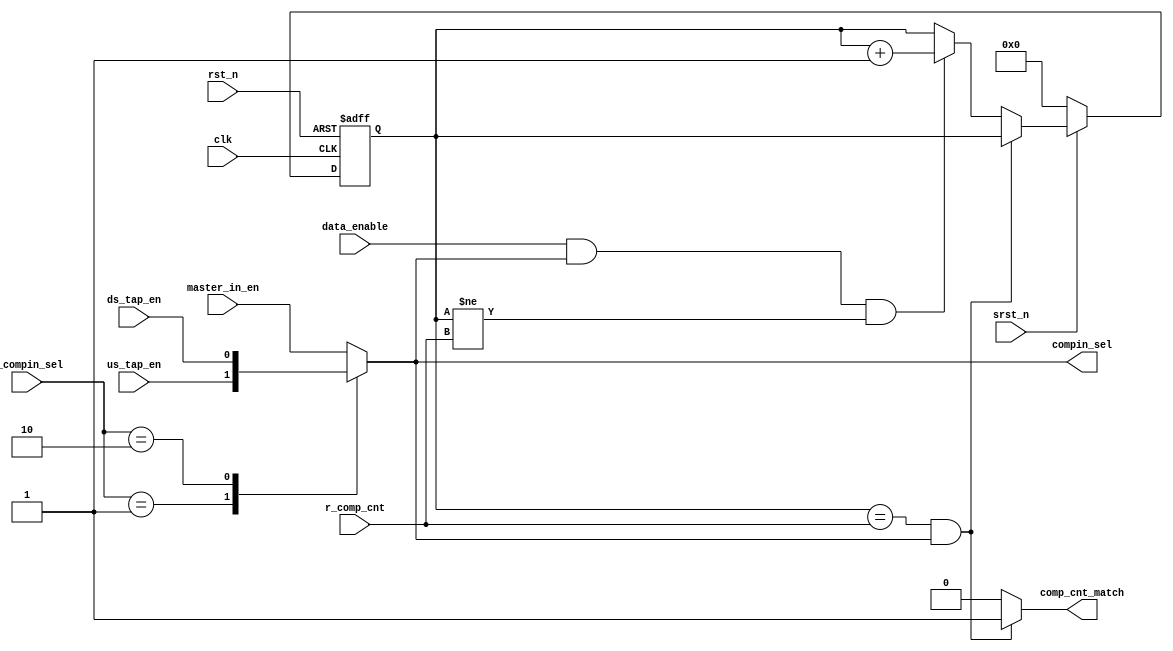
// This program was cloned from: https://github.com/intel/aib-phy-hardware
// License: Apache License 2.0

// SPDX-License-Identifier: Apache-2.0
// Copyright (C) 2019 Intel Corporation. All rights reserved
//------------------------------------------------------------------------
// (C) 2009 Altera Corporation. All rights reserved.  
//
//------------------------------------------------------------------------
// Revision:    $Revision: #4 $
//------------------------------------------------------------------------
// Description: 
//
//------------------------------------------------------------------------

module hdpldadapt_cmn_cp_comp_cntr
  #(
    parameter CNTWIDTH         = 'd8
    )
    (
    input  wire                clk,             // clock
    input  wire                rst_n,           // async reset
    input  wire                srst_n,          // async reset
    input  wire                data_enable,     // data enable / data valid
    input  wire                master_in_en,    
    input  wire                us_tap_en,   
    input  wire                ds_tap_en,  
    input  wire [1:0]          r_compin_sel,    // CRAM input select
    input  wire [CNTWIDTH-1:0] r_comp_cnt,      // CRAM timeout value
    output  reg                comp_cnt_match,   // output signal for match
    output wire		       compin_sel
     );

   localparam                  MASTER	         = 2'd0;
   localparam                  SLAVE_ABOVE		 = 2'd1;
   localparam                  SLAVE_BELOW		 = 2'd2;
   
   reg [CNTWIDTH-1:0] cnt, cnt_ns;
   reg                cnt_co;
   reg                cnt_enable;
//   reg		      cnt_enable_reg;
//   wire		      cnt_enable_neg_edge;

   always @*
     begin
        cnt_enable = master_in_en;
        cnt_ns = cnt;
        cnt_co = 1'b0;
        comp_cnt_match = 1'b0;
                        
        case (r_compin_sel)
          MASTER: begin
             cnt_enable = master_in_en;
          end
          SLAVE_ABOVE: begin
             cnt_enable = us_tap_en;
          end
          SLAVE_BELOW: begin
             cnt_enable = ds_tap_en;
          end
          default: begin
             cnt_enable = master_in_en;
          end
        endcase // case(r_compin_sel)

        
        if (cnt == r_comp_cnt && cnt_enable)
          begin
             comp_cnt_match = 1'b1;
          end
        else if (data_enable && cnt_enable && cnt != r_comp_cnt)
          begin
             {cnt_co,cnt_ns} = cnt + 1'b1;
          end
        
     end // always @ *

assign compin_sel = cnt_enable;
 
//   always @(negedge rst_n or posedge clk)
//     begin
//        if (~rst_n)
//          begin
//             cnt_enable_reg <= 1'b0;
//          end
//        else if (~srst_n)
//          begin
//             cnt_enable_reg <= 1'b0;
//          end
//        else 
//          begin
//             cnt_enable_reg <= cnt_enable;
//          end
//     end // always @ (negedge rst_n or posedge clk)               
 
//assign cnt_enable_neg_edge = ~cnt_enable && cnt_enable_reg;
 
   always @(negedge rst_n or posedge clk)
     begin
        if (~rst_n)
          begin
             cnt <= {CNTWIDTH{1'b0}};
          end
//        else if (~srst_n || cnt_enable_neg_edge)
        else if (~srst_n)
          begin
             cnt <= {CNTWIDTH{1'b0}};
          end
        else 
          begin
             cnt <= cnt_ns;
          end
     end // always @ (negedge rst_n or posedge clk)               
   
endmodule // hdpldadapt_cmn_cp_comp_cntr